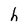
Character: h